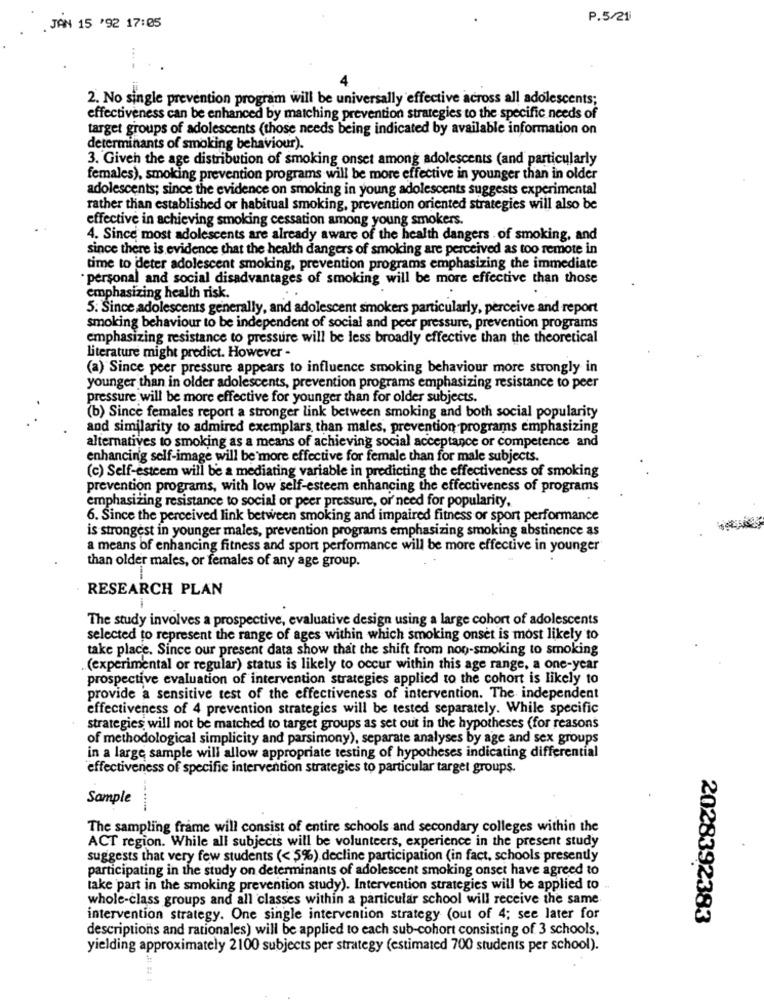
P.5/21
JAN 15 '92 17:05
2. No single prevention program will be universally effective across all adolescents;
effectiveness can be enhanced by matching prevention strategies to the specific needs of
target groups of adolescents (those needs being indicated by available information on
determinants of smoking behaviour).
3. Given the age distribution of smoking onset among adolescents (and particularly
females), smoking prevention programs will be more effective in younger than in older
adolescents; since the evidence on smoking in young adolescents suggests experimental
rather than established or habitual smoking, prevention oriented strategies will also be
effective in achieving smoking cessation among young smokers.
4. Since most adolescents are already aware of the health dangers . of smoking, and
since there is evidence that the health dangers of smoking are perceived as too remote in
time to deter adolescent smoking, prevention programs emphasizing the immediate
· personal and social disadvantages of smoking will be more effective than those
emphasizing health risk.
5. Since adolescents generally, and adolescent smokers particularly, perceive and report
smoking behaviour to be independent of social and peer pressure, prevention programs
emphasizing resistance to pressure will be less broadly effective than the theoretical
literature might predict. However -
(a) Since peer pressure appears to influence smoking behaviour more strongly in
younger than in older adolescents, prevention programs emphasizing resistance to peer
pressure will be more effective for younger than for older subjects
(b) Since females report a stronger link between smoking and both social popularity
and similarity to admired exemplars, than males, prevention programs emphasizing
alternatives to smoking as a means of achieving social acceptance or competence and
enhancing self-image will be more effective for female than for male subjects.
(c) Self-esteem will be a mediating variable in predicting the effectiveness of smoking
prevention programs, with low self-esteem enhancing the effectiveness of programs
emphasizing resistance to social or peer pressure, or need for popularity.
6. Since the perceived link between smoking and impaired fitness or sport performance
is strongest in younger males, prevention programs emphasizing smoking abstinence as
a means of enhancing fitness and sport performance will be more effective in younger
than older males, or females of any age group.
RESEARCH PLAN
The study involves a prospective, evaluative design using a large cohort of adolescents
selected to represent the range of ages within which smoking onset is most likely to
take place. Since our present data show that the shift from non-smoking to smoking
(experimental or regular) status is likely to occur within this age range, a one-year
prospective evaluation of intervention strategies applied to the cohort is likely to
provide a sensitive test of the effectiveness of intervention. The independent
effectiveness of 4 prevention strategies will be tested separately. While specific
strategies will not be matched to target groups as set out in the hypotheses (for reasons
of methodological simplicity and parsimony), separate analyses by age and sex groups
in a large sample will allow appropriate testing of hypotheses indicating differential
effectiveness of specific intervention strategies to particular target groups.
Sample
The sampling frame will consist of entire schools and secondary colleges within the
ACT region. While all subjects will be volunteers, experience in the present study
suggests that very few students (< 5%) decline participation (in fact, schools presently
participating in the study on determinants of adolescent smoking onset have agreed to
take part in the smoking prevention study). Intervention strategies will be applied to
whole-class groups and all classes within a particular school will receive the same
intervention strategy. One single intervention strategy (out of 4; see later for
2028392383
descriptions and rationales) will be applied to each sub-cohort consisting of 3 schools,
yielding approximately 2100 subjects per strategy (estimated 700 students per school).